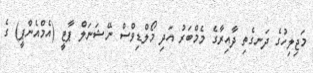
މަޖިލިހުގެ ދަނގެތި ދާއިރާގެ މެމްބަރު އަދި މޯލްޑިވްސް ނޭޝަނަލް ޕާޓީ (އެމްއެންޕީ) ގެ